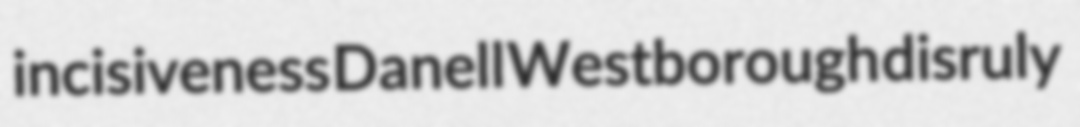
incisiveness Danell Westborough disruly